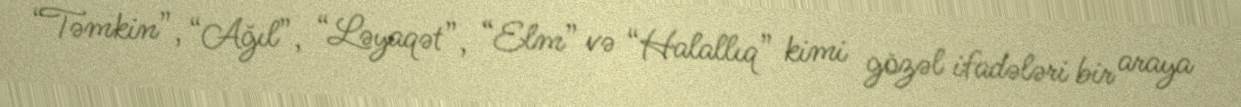
“Təmkin”, “Ağıl”, “Ləyaqət”, “Elm” və “Halallıq” kimi gözəl ifadələri bir araya